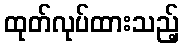
ထုတ်လုပ်ထားသည့်